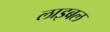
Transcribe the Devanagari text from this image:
लाइबल